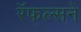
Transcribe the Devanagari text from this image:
रॅफल्सने